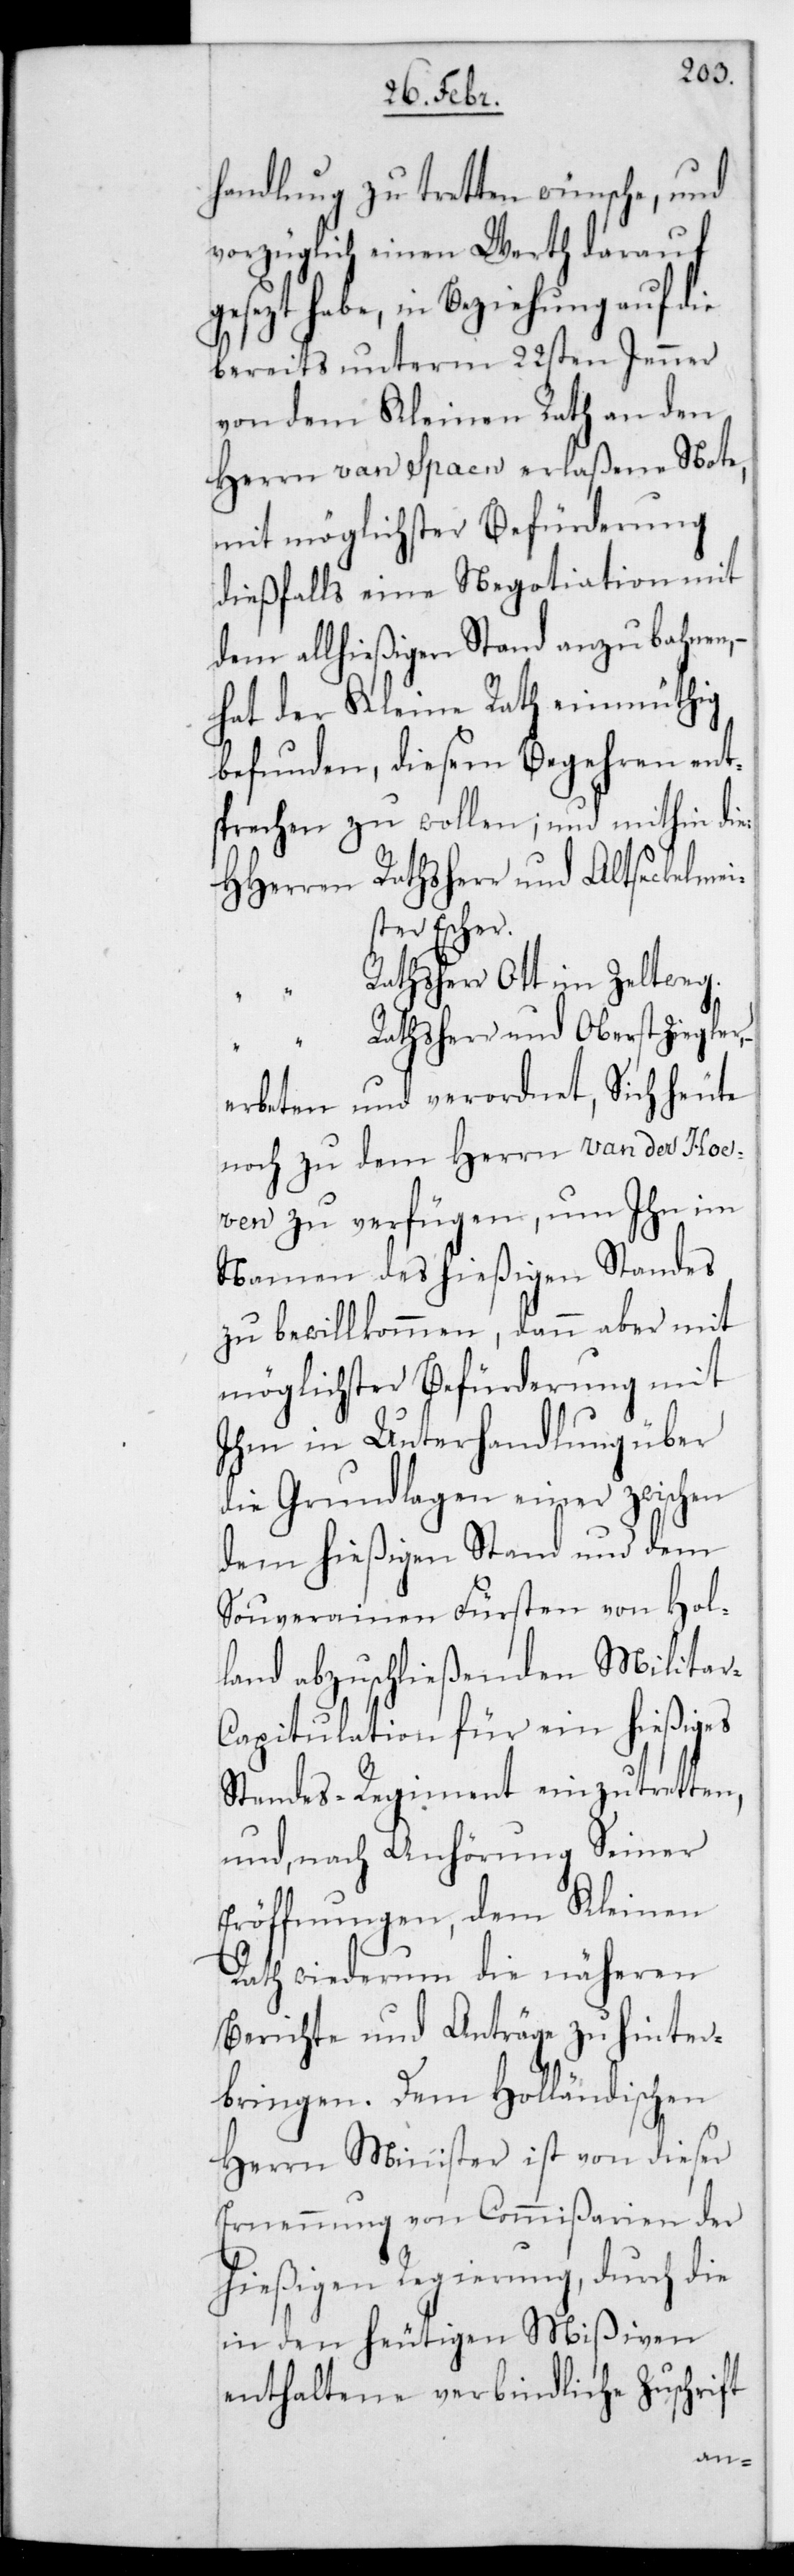
handlung zu tretten wünsche, und
vorzüglich einen Werth darauf
gesezt habe, in Beziehung auf die
bereits unterm 22sten Jenner
von dem Kleinen Rath an den
Herrn van Spaen erlaßene Note,
mit möglichster Befürderung
dießfalls eine Negotiation mit
dem allhießigen Stand anzubahnen,
hat der Kleine Rath einmüthig
befunden, diesem Begehren ent¬
sprechen zu wollen; und mithin die
HHerren Rathsherr und Altseckelmei¬
ster Escher.
Rathsherr Ott im Zeltweg.
“ Rathsherr und Oberst Ziegler,
erbeten und verordnet, Sich heute
noch zu dem Herrn van der Hoe¬
ven zu verfügen, um ihn im
Namen des hießigen Standes
zu bewillkommen, dann aber mit
möglichster Befürderung mit
ihm in Unterhandlung über
die Grundlagen einer zwischen
dem hießigen Stand und dem
souverainen Fürsten von Hol¬
land abzuschließenden Militai¬
r-Capitulation für ein hießiges
Standes-Regiment einzutretten,
und nach Anhörung Seiner
Eröffnungen, dem Kleinen
Rath wiederum die näheren
Berichte und Anträge zu hinter¬
bringen. Dem Holländischen
Herrn Minister ist von dieser
Ernennung von Commißarien der
hießigen Regierung, durch die
in den heutigen Mißiven
enthaltene verbindliche Zuschrift